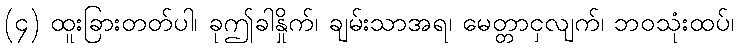
(၄) ထူးခြားတတ်ပါ၊ ခုဤခါနှိုက်၊ ချမ်းသာအရ၊ မေတ္တာငှလျက်၊ ဘဝသုံးထပ်၊